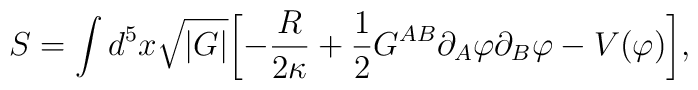
S= \int d^{5}x \sqrt{|G|}\biggl[- \frac{R}{2\kappa} + \frac{1}{2} G^{A B} \partial_{A} \varphi \partial_{B} \varphi - V(\varphi)\biggr],